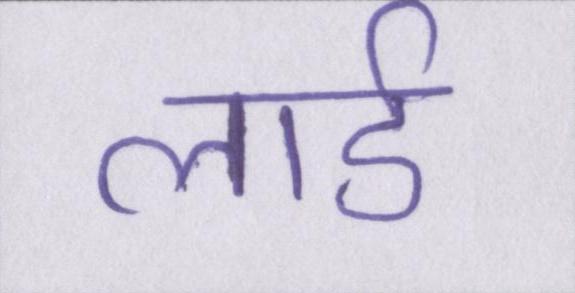
लार्ड